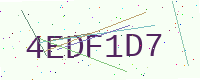
Text: 4EDF1D7